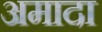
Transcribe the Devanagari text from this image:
अमादा